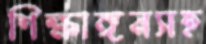
শিক্ষাঙ্গনসহ